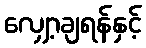
လျှော့ချရန်နှင့်